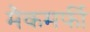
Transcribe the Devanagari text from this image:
मैकमर्फी